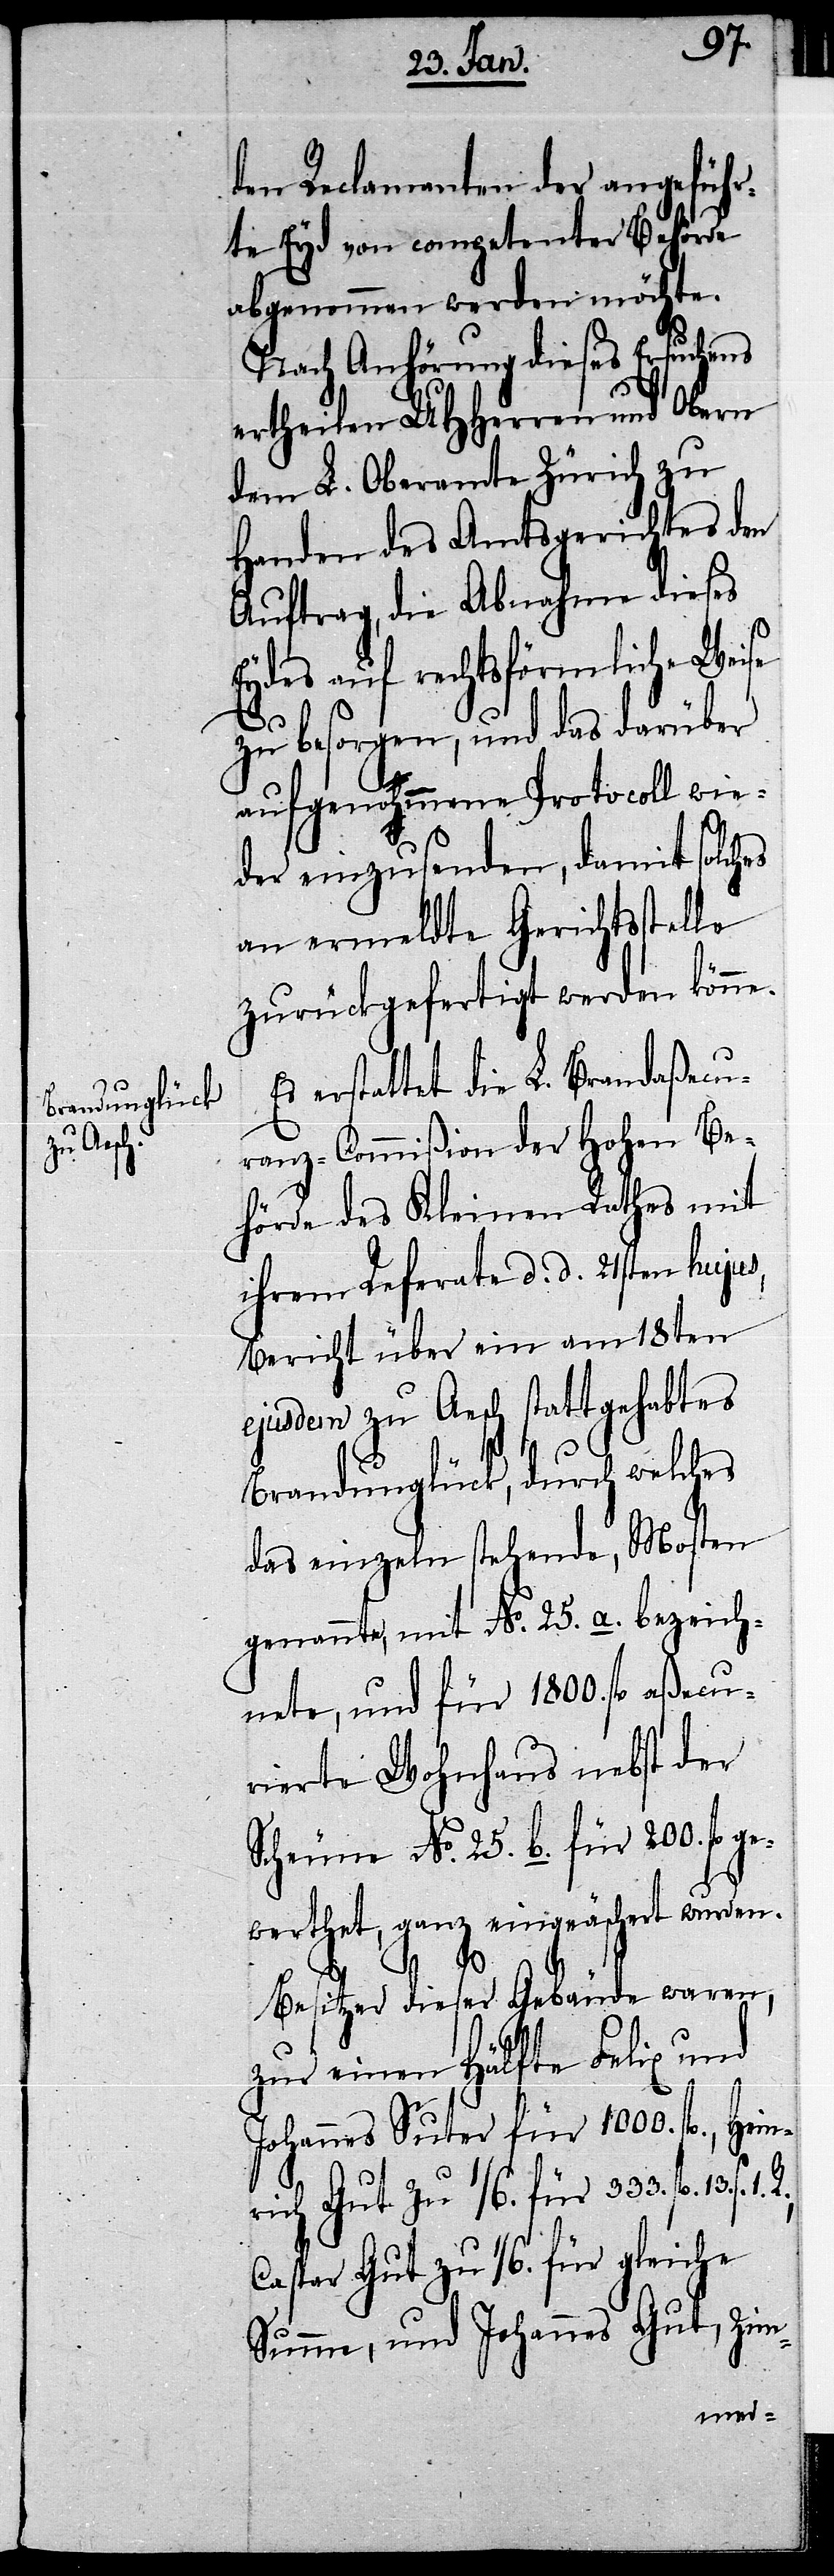
den Reclamanten der angeführ¬
te Eyd von competenter Behörde
abgenommen werden möchte.
Nach Anhörung dieses Ersuchens
ertheilen UHHerren und Obern
dem L. Oberamte Zürich zu
Handen des Amtsgerichtes den
Auftrag, die Abnahme dieses
Eydes auf rechtsförmliche Weise
zu besorgen, und das darüber
aufgenommene Protocoll wie¬
der einzusenden, damit solch¬
an ermeldte Gerichtsstel¬
zurückgefertigt werden könne.
Es erstattet die L. Brandaßecu¬
ranz-Commißion der Hohen Be¬
hörde des Kleinen Rathes mit
ihrem Referate d. d. 21sten hujus,
Bericht über ein am 18ten
ejusdem zu Aesch stattgehabtes
Brandunglück, durch welches
das einzeln stehende, Mosten
genannte, mit No. 25. a. bezeich¬
nete, und für 1800. fl. aßecu¬
rierte Wohnhaus nebst der
Scheune No. 25. b. für 200. fl.
gewerthet, ganz eingeäschert wurden.
13. s.
1.
Besitzer dieser Gebäude waren,
zur einen Hälfte Felix und
Johannes Suter für 1000. fl., Hein¬
rich Gut zu 1/6. für 333. fl.
Caspar Gut zu 1/6. für gleiche
Summe, und Johannes Gut, Zim-